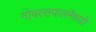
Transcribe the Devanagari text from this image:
गोवत्सपालनैकाग्रो